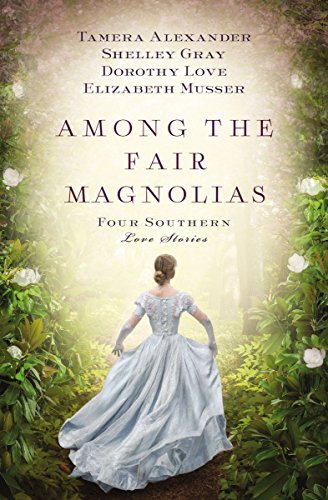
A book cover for Among the Fair Magnolias: Four Southern Love Stories; Tamera Alexander; Romance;